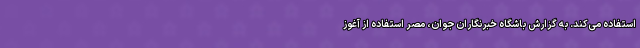
استفاده می‌کند. به گزارش باشگاه خبرنگاران جوان، مصر استفاده از آغوز